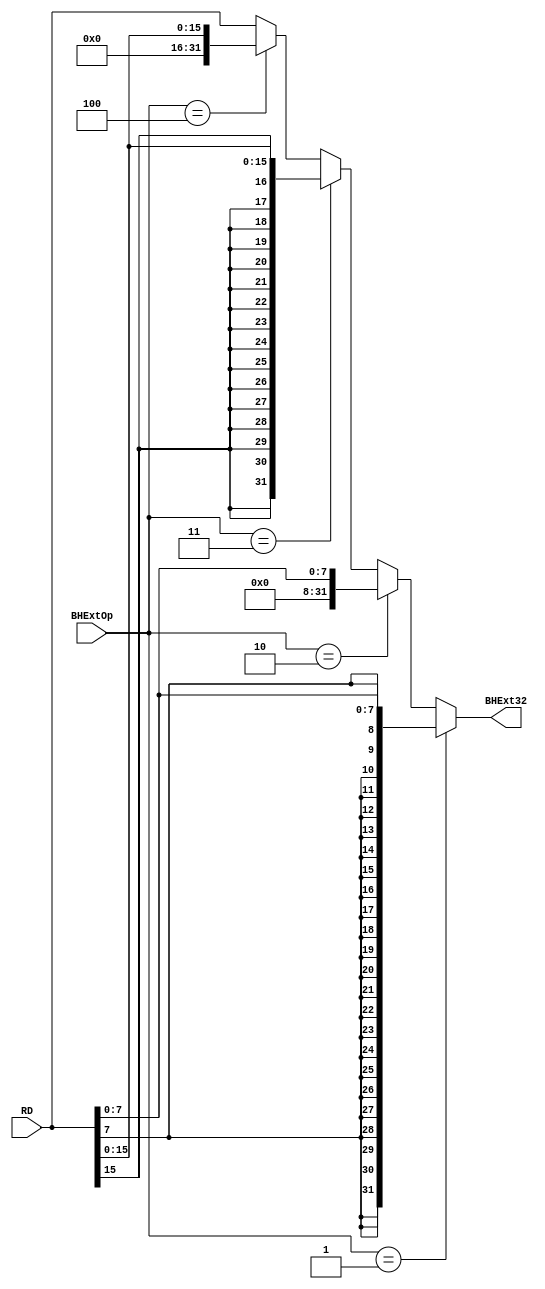
module Byte_Halfword_Extender(
    input [31:0] RD,
    input [2:0] BHExtOp,
    output [31:0] BHExt32
    );
	assign BHExt32 = (BHExtOp == 3'b001) ? {{24{RD[7]}}, RD[7:0]} : // 001: 
						  (BHExtOp == 3'b010) ? {24'b0, RD[7:0]} : // 010: 
						  (BHExtOp == 3'b011) ? {{16{RD[15]}}, RD[15:0]} : // 011: 
						  (BHExtOp == 3'b100) ? {16'b0, RD[15:0]} : // 100: 
						  RD;

endmodule